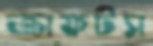
ক্রাফটস